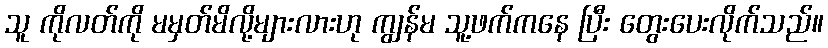
သူ ကိုလတ်ကို မမှတ်မိလို့များလားဟု ကျွန်မ သူ့ဖက်ကနေ ပြီး တွေးပေးလိုက်သည်။